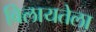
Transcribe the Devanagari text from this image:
विलायतेला